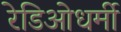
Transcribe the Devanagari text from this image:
रेडिओधर्मी